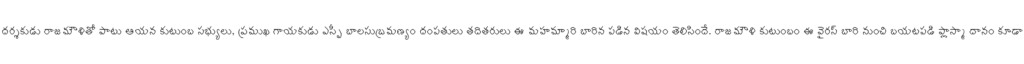
దర్శకుడు రాజమౌళితో పాటు ఆయన కుటుంబ సభ్యులు, ప్రముఖ గాయకుడు ఎస్పీ బాలసుబ్రమణ్యం దంపతులు తదితరులు ఈ మహమ్మారి బారిన పడిన విషయం తెలిసిందే. రాజమౌళి కుటుంబం ఈ వైరస్ బారి నుంచి బయటపడి ప్లాస్మా దానం కూడా